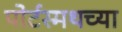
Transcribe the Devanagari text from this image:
पोर्टस्मथच्या